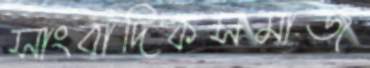
সাংবাদিকসমাজ